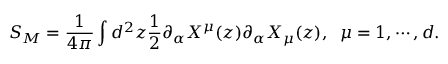
S _ { M } = \frac { 1 } { 4 \pi } \int d ^ { 2 } z \frac { 1 } { 2 } \partial _ { \alpha } X ^ { \mu } ( z ) \partial _ { \alpha } X _ { \mu } ( z ) , \; \; \mu = 1 , \cdots , d .